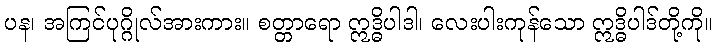
ပန၊ အကြင်ပုဂ္ဂိုလ်အားကား။ စတ္တာရော ဣဒ္ဓိပါဒါ၊ လေးပါးကုန်သော ဣဒ္ဓိပါဒ်တို့ကို။